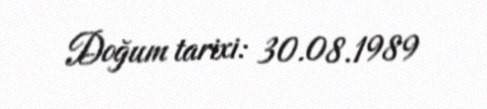
Doğum tarixi: 30.08.1989